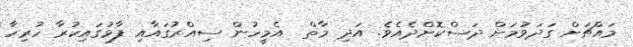
މައްޗަށް ގަދަވުމަށް ދަސްކޮށްދެއެވެ. އަދި މާތް  އެމީހުން ސިއްރުގައާއި ފާޅުގައިކުރާ ހުރިހާ